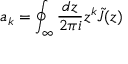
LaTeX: a _ { k } = \oint _ { \infty } \frac { d z } { 2 \pi i } z ^ { k } \tilde { J } ( z )